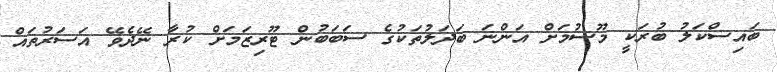
ބައިސްކަލު ބުރަކީ މޫސުމަށް އަންނަ ބަދަލުތަކުގެ ސަބަބުން ޓޫރިޒަމަށް ކުރާ ނޭދެވޭ އަސަރުތައް